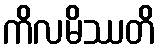
ကိလမိဿတိ